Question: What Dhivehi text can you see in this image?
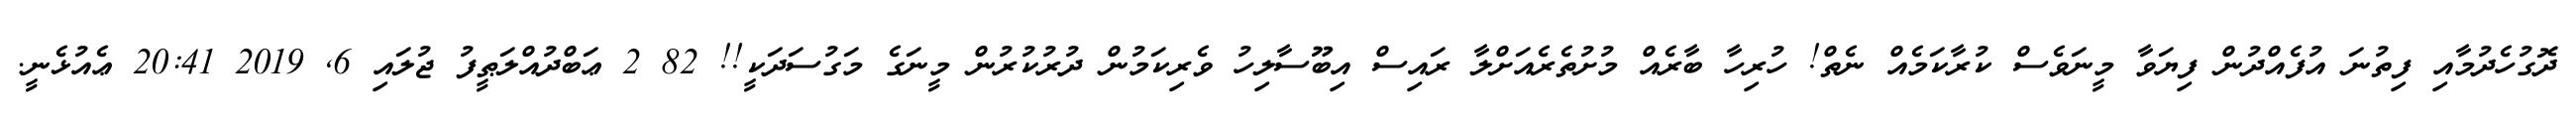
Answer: ދޮގުހެދުމާއި ފިތުނަ އުފެއްދުން ފިޔަވާ މީނަވެސް ކުރާކަމެއް ނެތް! ހުރިހާ ބާރެއް މުށުތެރެއަށްލާ ރައިސް އިބޫސާލިހު ވެރިކަމުން ދުރުކުރުން މީނަގެ މަގުސަދަކީ!! 82 2 ޢަބްދުއްލަޠީފު ޖުލައި 6, 2019 20:41 ޢެއުޅެނީ.